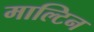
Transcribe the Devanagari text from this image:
माल्टिन